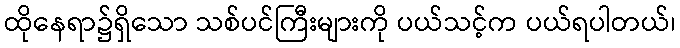
ထိုနေရာ၌ရှိသော သစ်ပင်ကြီးများကို ပယ်သင့်က ပယ်ရပါတယ်၊